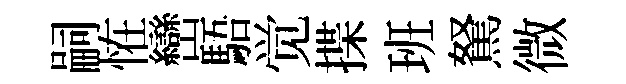
嗣恠巒䮏觉揲班駑微